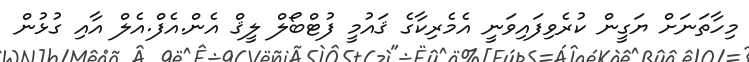
މިހާތަނަށް ޔަގީން ކުރެވިފައިވަނީ އެމެރިކާގެ ޤައުމީ ފުޓްބޯލް ލީޤް އެން.އެފް.އެލް އާއި ގުޅުން